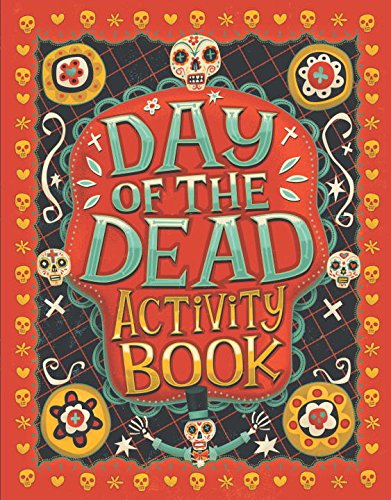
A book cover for Day of the Dead Activity Book; Karl Jones; Children's Books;